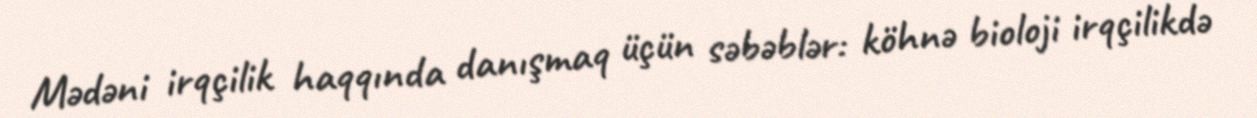
Mədəni irqçilik haqqında danışmaq üçün səbəblər: köhnə bioloji irqçilikdə